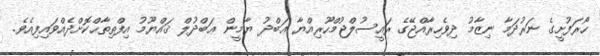
ހޯރަފުށީގެ ނަރުދަމާ ނިޒާމު ދިވެހިރާއްޖޭގެ ރައީސުލްޖުމްހޫރިއްޔާ ޢަބްދު ޔާމީން ޢަބްދުލް ޤައްޔޫމު އިފްތިތާޙްކޮށްދެއްވައިފިއެވެ.